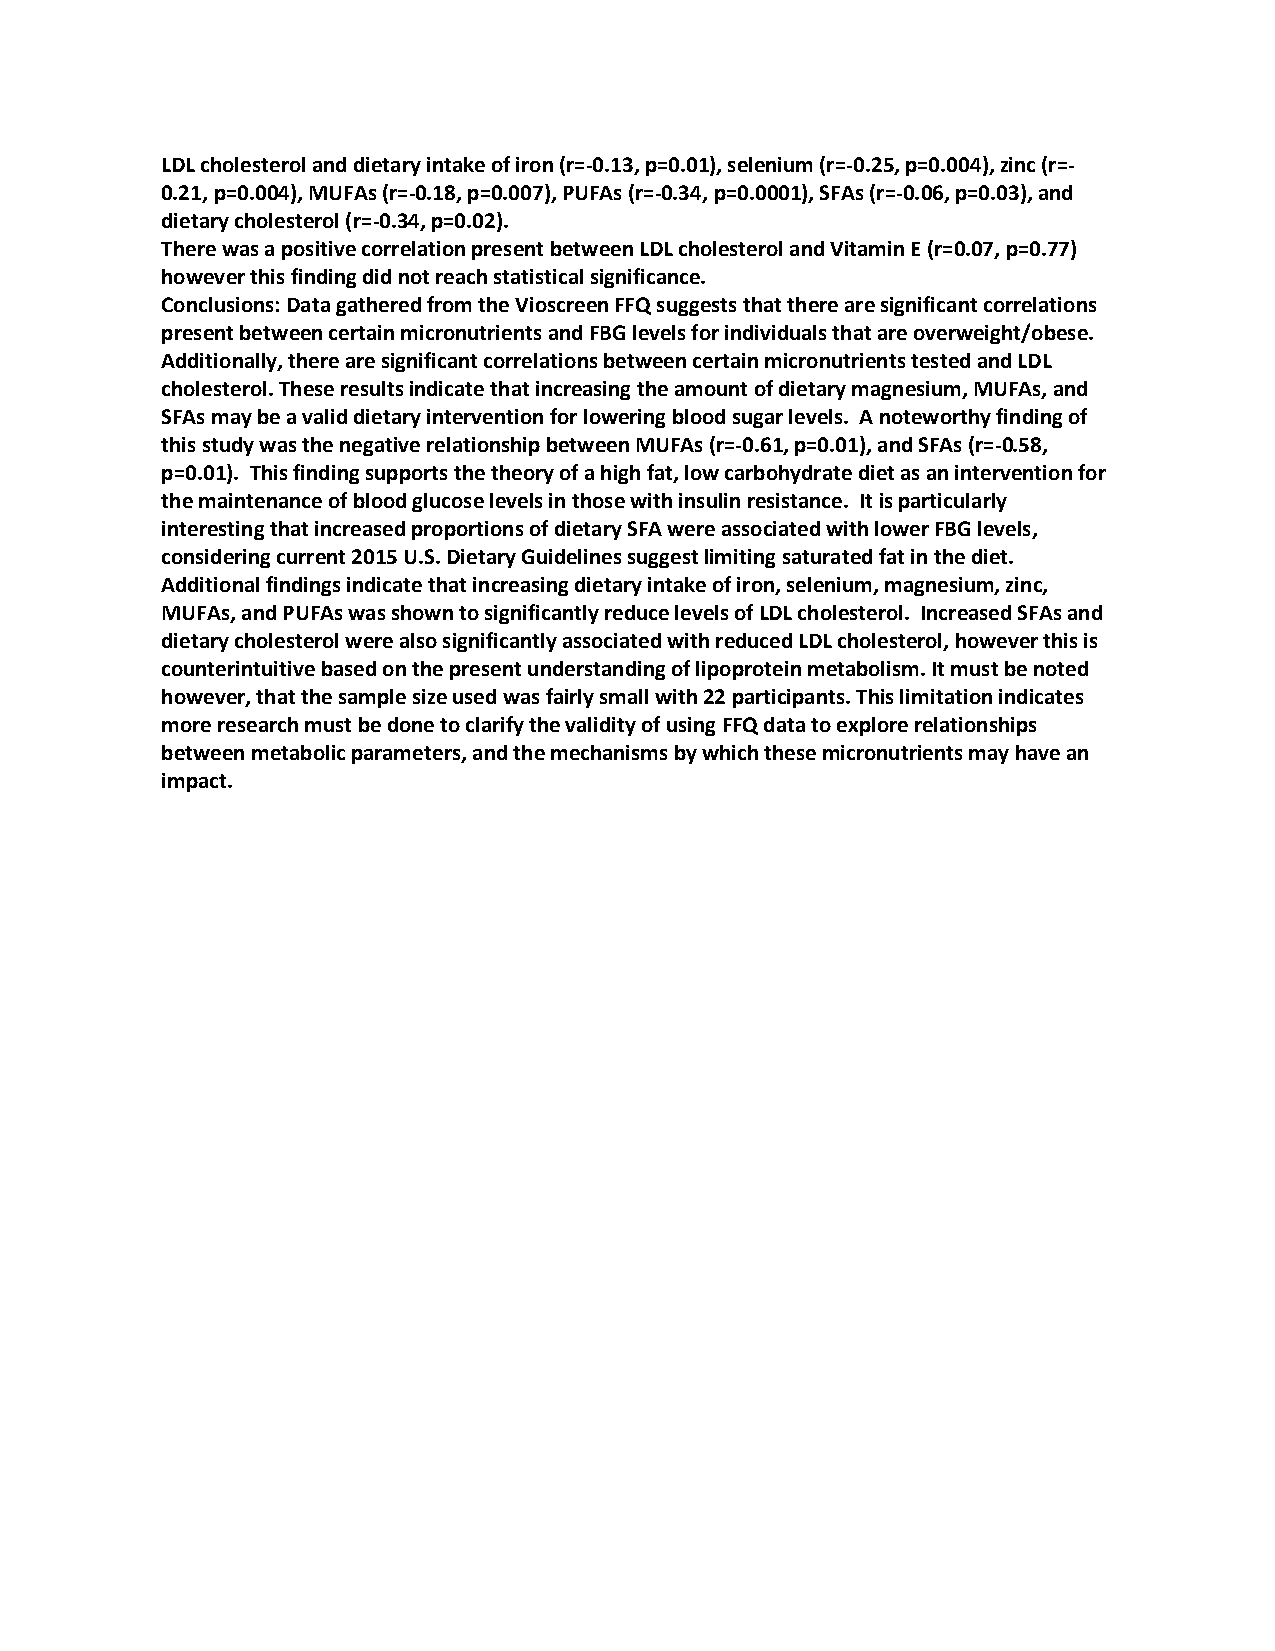
LDL cholesterol and dietary intake of iron (r=-0.13, p=0.01), selenium (r=-0.25, p=0.004), zinc (r=-
 0.21, p=0.004), MUFAs (r=-0.18, p=0.007), PUFAs (r=-0.34, p=0.0001), SFAs (r=-0.06, p=0.03), and
 dietary cholesterol (r=-0.34, p=0.02).
 There was a positive correlation present between LDL cholesterol and Vitamin E (r=0.07, p=0.77)
 however this finding did not reach statistical significance.
 Conclusions: Data gathered from the Vioscreen FFQ suggests that there are significant correlations
 present between certain micronutrients and FBG levels for individuals that are overweight/obese.
 Additionally, there are significant correlations between certain micronutrients tested and LDL
 cholesterol. These results indicate that increasing the amount of dietary magnesium, MUFAs, and
 SFAs may be a valid dietary intervention for lowering blood sugar levels. A noteworthy finding of
 this study was the negative relationship between MUFAs (r=-0.61, p=0.01), and SFAs (r=-0.58,
 p=0.01). This finding supports the theory of a high fat, low carbohydrate diet as an intervention for
 the maintenance of blood glucose levels in those with insulin resistance. It is particularly
 interesting that increased proportions of dietary SFA were associated with lower FBG levels,
 considering current 2015 U.S. Dietary Guidelines suggest limiting saturated fat in the diet.
 Additional findings indicate that increasing dietary intake of iron, selenium, magnesium, zinc,
 MUFAs, and PUFAs was shown to significantly reduce levels of LDL cholesterol. Increased SFAs and
 dietary cholesterol were also significantly associated with reduced LDL cholesterol, however this is
 counterintuitive based on the present understanding of lipoprotein metabolism. It must be noted
 however, that the sample size used was fairly small with 22 participants. This limitation indicates
 more research must be done to clarify the validity of using FFQ data to explore relationships
 between metabolic parameters, and the mechanisms by which these micronutrients may have an
 impact.